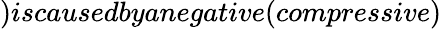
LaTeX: )iscausedbyanegative(compressive)